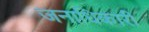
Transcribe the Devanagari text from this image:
जनाधिकारी